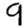
Digit: 9